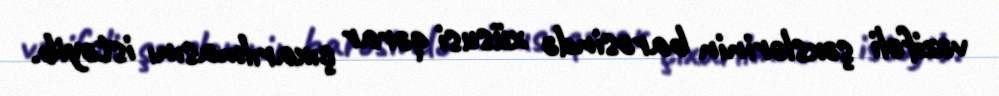
vəzifəli şəxslərinin barəsində xüsusi qərar çıxarılmasını istəyib.